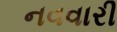
નવવારી